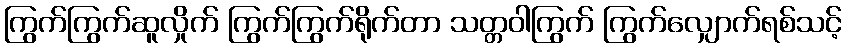
ကြွက်ကြွက်ဆူလှိုက် ကြွက်ကြွက်ရိုက်တာ သတ္တဝါကြွက် ကြွက်လျှောက်ရစ်သင့်